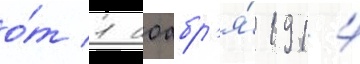
о́т 1 ноабр'я́ 1914